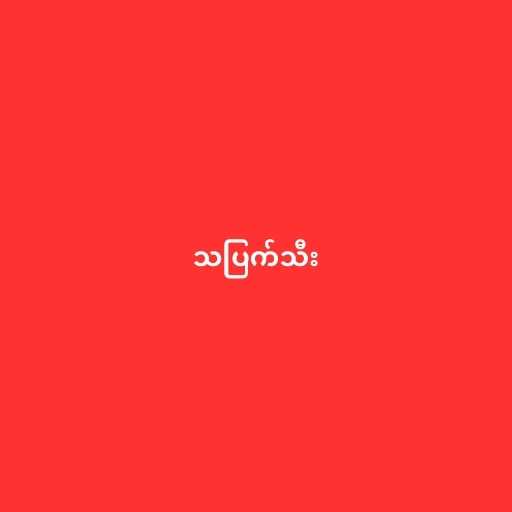
သပြက်သီး